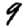
Digit: 9